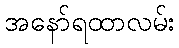
အနော်ရထာလမ်း